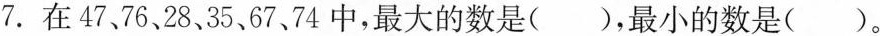
7.在47、76、28、35、67、74中，最大的数是()，最小的数是()。